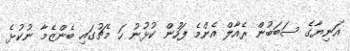
އަނިޔާގެ ސަބަބުން ރެއާލް އެންމެ ފަހުން ކުޅުނު ހަ މެޗުގައި ބެންޒެމާ ނުކުޅެ